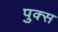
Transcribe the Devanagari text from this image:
पुक्स